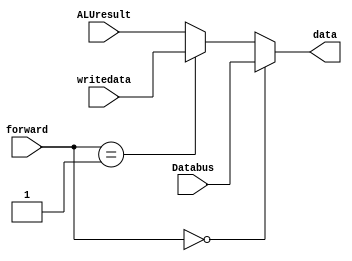
`timescale 1ns/1ps

module forwardMUX(forward,Databus,writedata,ALUresult,data);

input [1:0] forward;
input [31:0] Databus;
input [31:0] writedata;
input [31:0] ALUresult;
output [31:0] data;

assign data = (forward == 2'b00) ? Databus :
              (forward == 2'b01) ? writedata :
              ALUresult;

endmodule